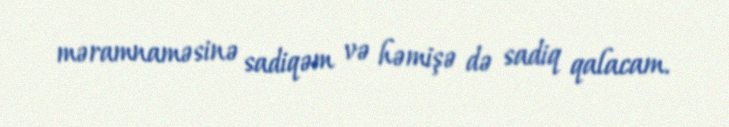
məramnaməsinə sadiqəm və həmişə də sadiq qalacam.